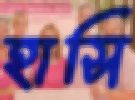
হাসি